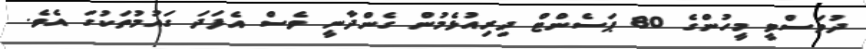
ދުވަސްވީ މީހުންގެ 80 ޕަސެންޓް ދިރިއުޅެމުން ގެންދާނީ ވެސް އެފަދަ ގައުމުތަކުގަ އެވެ.